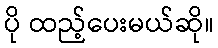
ပို ထည့်ပေးမယ်ဆို။